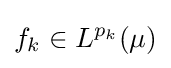
f_{k}\in L^{p_{k}}(\mu )